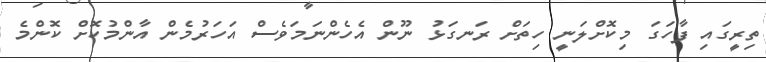
ތިރީގައި ފާހަގަ މިކޮށްލަނީ ހިތަށް ރަނގަޅު ނޫން އެހެންނަމަވެސް އަހަރުމެން އާންމުކޮށް ކޮންމެ